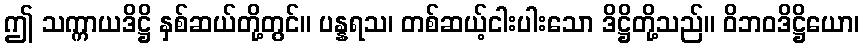
ဤ သက္ကာယဒိဋ္ဌိ နှစ်ဆယ်တို့တွင်။ ပန္နရသ၊ တစ်ဆယ့်ငါးပါးသော ဒိဋ္ဌိတို့သည်။ ဝိဘဝဒိဋ္ဌိယော၊